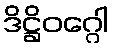
ဒိဋ္ဌိဝဂ္ဂေါ